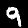
Digit: 9